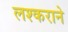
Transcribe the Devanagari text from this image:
लश्कराने